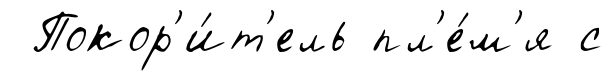
Покор'и́т'ель пл'е́м'я с